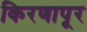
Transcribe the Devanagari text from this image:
किरणापूर